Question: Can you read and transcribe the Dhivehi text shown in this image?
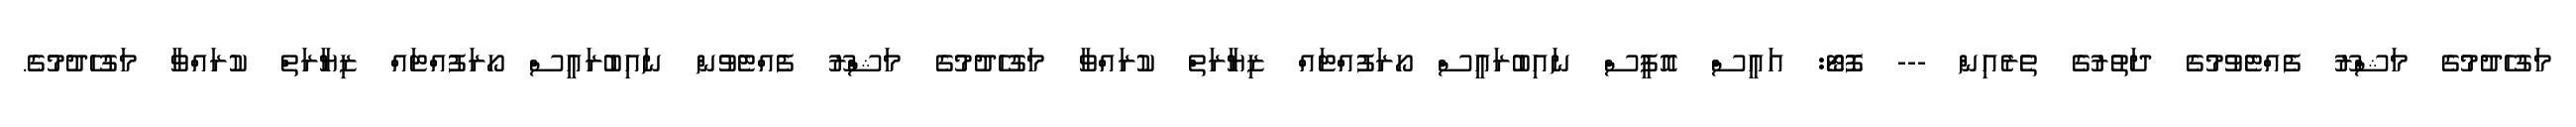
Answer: މަގުހެދުމުގެ މަޝްރޫ ފެއްޓެވުމުގެ ދަތުރުގެ ތެރެއިން --- ފޮޓޯ: އައީސް އޮފީސް ނައިބުރައީސް ހޯރަފުއްޓައް ޒިޔާރަތް ކުރައްވާ މަގުހެދުމުގެ މަޝްރޫ ފެއްޓެވުން ނައިބުރައީސް ހޯރަފުއްޓައް ޒިޔާރަތް ކުރައްވާ މަގުހެދުމުގެ.